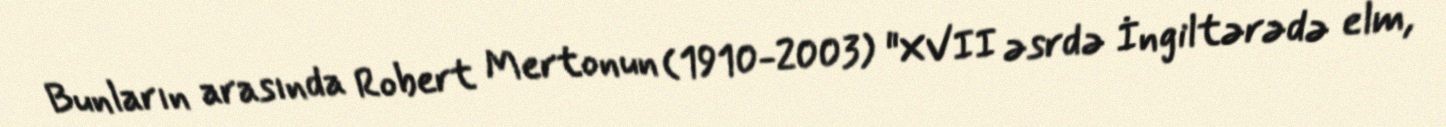
Bunların arasında Robert Mertonun (1910-2003) "XVII əsrdə İngiltərədə elm,